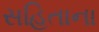
સહિતાના